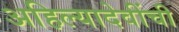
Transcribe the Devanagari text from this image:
अहिल्यादेवींची